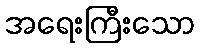
အရေးကြီးသော